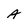
Character: A